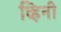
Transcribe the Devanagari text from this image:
व्हिनी